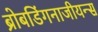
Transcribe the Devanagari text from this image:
ब्रोबडिंगनाजीयन्स